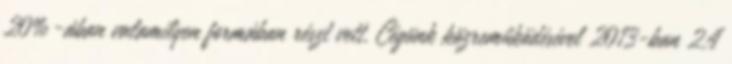
20%-ában valamilyen formában részt vett. Cégünk közreműködésével 2013-ban 2,4